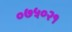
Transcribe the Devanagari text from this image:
०७५०२१